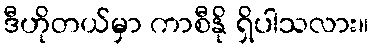
ဒီဟိုတယ်မှာ ကာစီနို ရှိပါသလား။